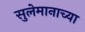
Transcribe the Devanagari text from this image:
सुलेमानाच्या